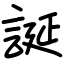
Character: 誕